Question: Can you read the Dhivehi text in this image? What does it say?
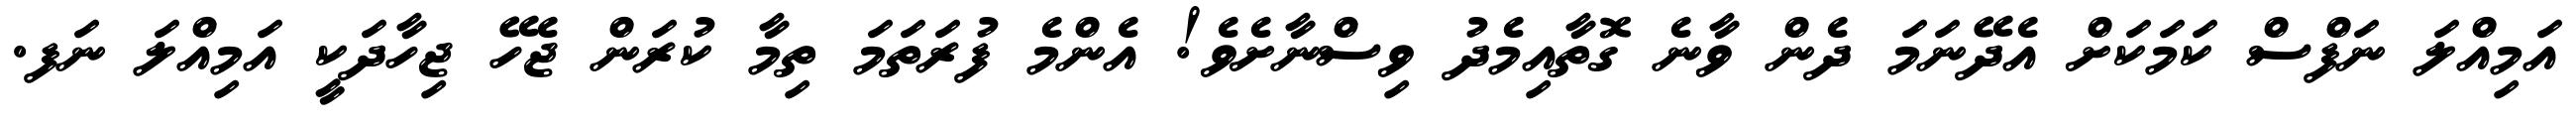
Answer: އަމިއްލަ ނަފްސް ކަމަކަށް އެދޭނަމަ ދެން ވާނެ ގޮތާއިމެދު ވިސްނާށެވެ! އެންމެ ފުރަތަމަ ތިމާ ކުރަން ޖެހޭ ޖިހާދަކީ އަމިއްލަ ނަފ.